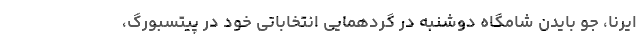
ایرنا، جو بایدن شامگاه دوشنبه در گردهمایی انتخاباتی خود در پیتسبورگ،